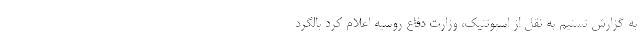
به گزارش تسنیم به نقل از اسپوتنیک، وزارت دفاع روسیه اعلام کرد بالگرد